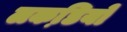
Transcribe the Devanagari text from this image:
लकडि़यों